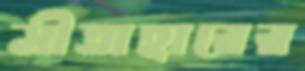
সীতাহারের